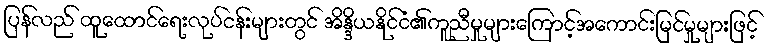
ပြန်လည် ထူထောင်ရေးလုပ်ငန်းများတွင် အိန္ဒိယနိုင်ငံ၏ကူညီမှုများကြောင့်အကောင်းမြင်မှုများဖြင့်